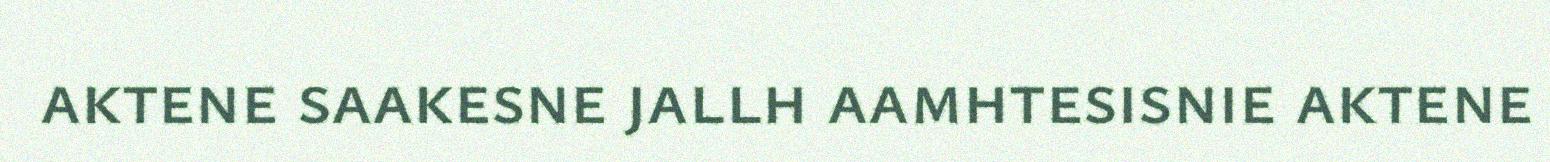
aktene saakesne jallh aamhtesisnie aktene